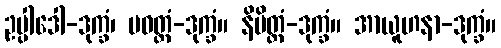
ဥပ္ပါဒေါ-ဒုက္ခံ၊ ပဝတ္တံ-ဒုက္ခံ။ နိမိတ္တံ-ဒုက္ခံ။ အာယူဟနာ-ဒုက္ခံ။